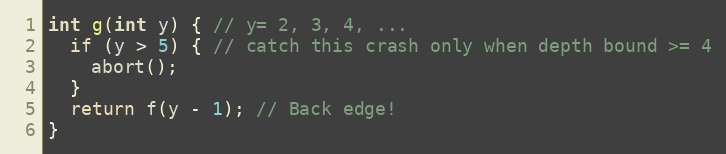
Language: C
int g(int y) { // y= 2, 3, 4, ...
  if (y > 5) { // catch this crash only when depth bound >= 4
    abort();
  }
  return f(y - 1); // Back edge!
}